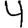
Digit: 4